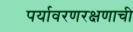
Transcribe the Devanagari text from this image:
पर्यावरणरक्षणाची